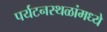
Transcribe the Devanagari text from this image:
पर्यटनस्थळांमध्ये